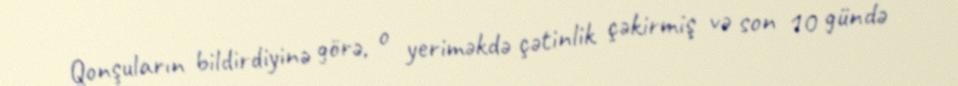
Qonşuların bildirdiyinə görə, o yeriməkdə çətinlik çəkirmiş və son 10 gündə